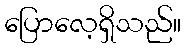
ပြောလေ့ရှိသည်။